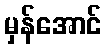
မှန်အောင်